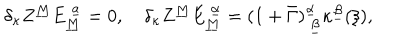
\delta _ { \kappa } Z ^ { \underline { { M } } } E _ { \underline { { M } } } ^ { ~ \underline { { a } } } = 0 , \quad \delta _ { \kappa } Z ^ { \underline { { M } } } E _ { \underline { { M } } } ^ { ~ \underline { { \alpha } } } = ( 1 + \bar { \Gamma } ) _ { ~ \underline { { \beta } } } ^ { \underline { { \alpha } } } \kappa ^ { \underline { { \beta } } } ( \xi ) ,